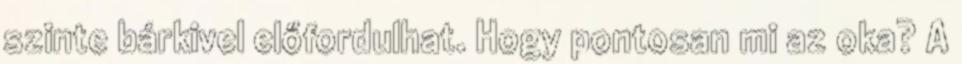
szinte bárkivel előfordulhat. Hogy pontosan mi az oka? A